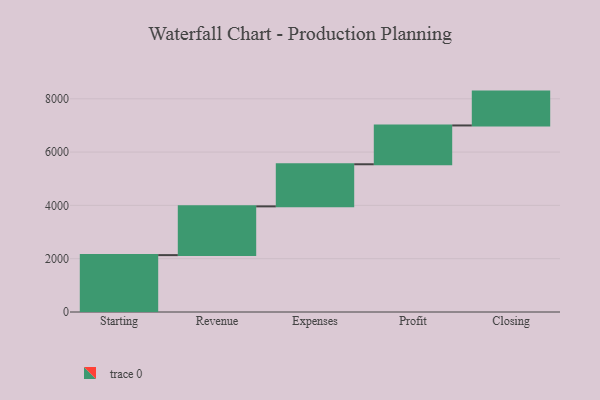
{"axis": {"x": "Step", "y": "Value"}, "legend": [""], "data": [{"x": "Starting", "y": 2134.0, "type": ""}, {"x": "Revenue", "y": 1829.0, "type": ""}, {"x": "Expenses", "y": 1580.0, "type": ""}, {"x": "Profit", "y": 1456.0, "type": ""}, {"x": "Closing", "y": 1270.0, "type": ""}]}